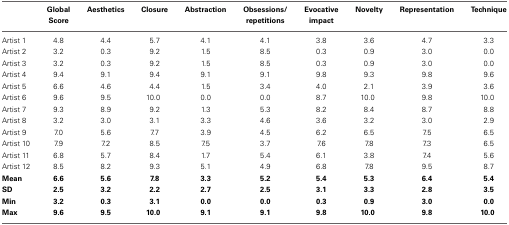
|  | Global Score | Aesthetics | Closure | Abstraction | Obsessions/repetitions | Evocative impact | Novelty | Representation | Technique |
 | --- | --- | --- | --- | --- | --- | --- | --- | --- | --- |
 | Artist 1 | 4.8 | 4.4 | 5.7 | 4.1 | 4.1 | 3.8 | 3.6 | 4.7 | 3.3 |
 | Artist 2 | 3.2 | 0.3 | 9.2 | 1.5 | 8.5 | 0.3 | 0.9 | 3.0 | 0.0 |
 | Artist 3 | 3.2 | 0.3 | 9.2 | 1.5 | 8.5 | 0.3 | 0.9 | 3.0 | 0.0 |
 | Artist 4 | 9.4 | 9.1 | 9.4 | 9.1 | 9.1 | 9.8 | 9.3 | 9.8 | 9.6 |
 | Artist 5 | 6.6 | 4.6 | 4.4 | 1.5 | 3.4 | 4.0 | 2.1 | 3.9 | 3.6 |
 | Artist 6 | 9.6 | 9.5 | 10.0 | 0.0 | 0.0 | 8.7 | 10.0 | 9.8 | 10.0 |
 | Artist 7 | 9.3 | 8.9 | 9.2 | 1.3 | 5.3 | 8.2 | 8.4 | 8.7 | 8.8 |
 | Artist 8 | 3.2 | 3.0 | 3.1 | 3.3 | 4.6 | 3.6 | 3.2 | 3.0 | 2.9 |
 | Artist 9 | 7.0 | 5.6 | 7.7 | 3.9 | 4.5 | 6.2 | 6.5 | 7.5 | 6.5 |
 | Artist 10 | 7.9 | 7.2 | 8.5 | 7.5 | 3.7 | 7.6 | 7.8 | 7.3 | 6.5 |
 | Artist 11 | 6.8 | 5.7 | 8.4 | 1.7 | 5.4 | 6.1 | 3.8 | 7.4 | 5.6 |
 | Artist 12 | 8.5 | 8.2 | 9.3 | 5.1 | 4.9 | 6.8 | 7.8 | 9.5 | 8.7 |
 | Mean | 6.6 | 5.6 | 7.8 | 3.3 | 5.2 | 5.4 | 5.3 | 6.4 | 5.4 |
 | SD | 2.5 | 3.2 | 2.2 | 2.7 | 2.5 | 3.1 | 3.3 | 2.8 | 3.5 |
 | Min | 3.2 | 0.3 | 3.1 | 0.0 | 0.0 | 0.3 | 0.9 | 3.0 | 0.0 |
 | Max | 9.6 | 9.5 | 10.0 | 9.1 | 9.1 | 9.8 | 10.0 | 9.8 | 10.0 |